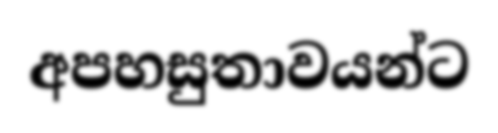
අපහසුතාවයන්ට